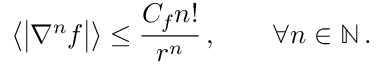
\big \langle \bigl | \nabla ^ { n } f \bigr | \big \rangle \leq \frac { C _ { f } n ! } { r ^ { n } } \, , \qquad \forall n \in \ensuremath { \mathbb { N } } \, .